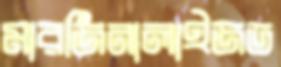
মারজিনালাইজড